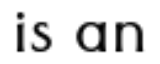
is an